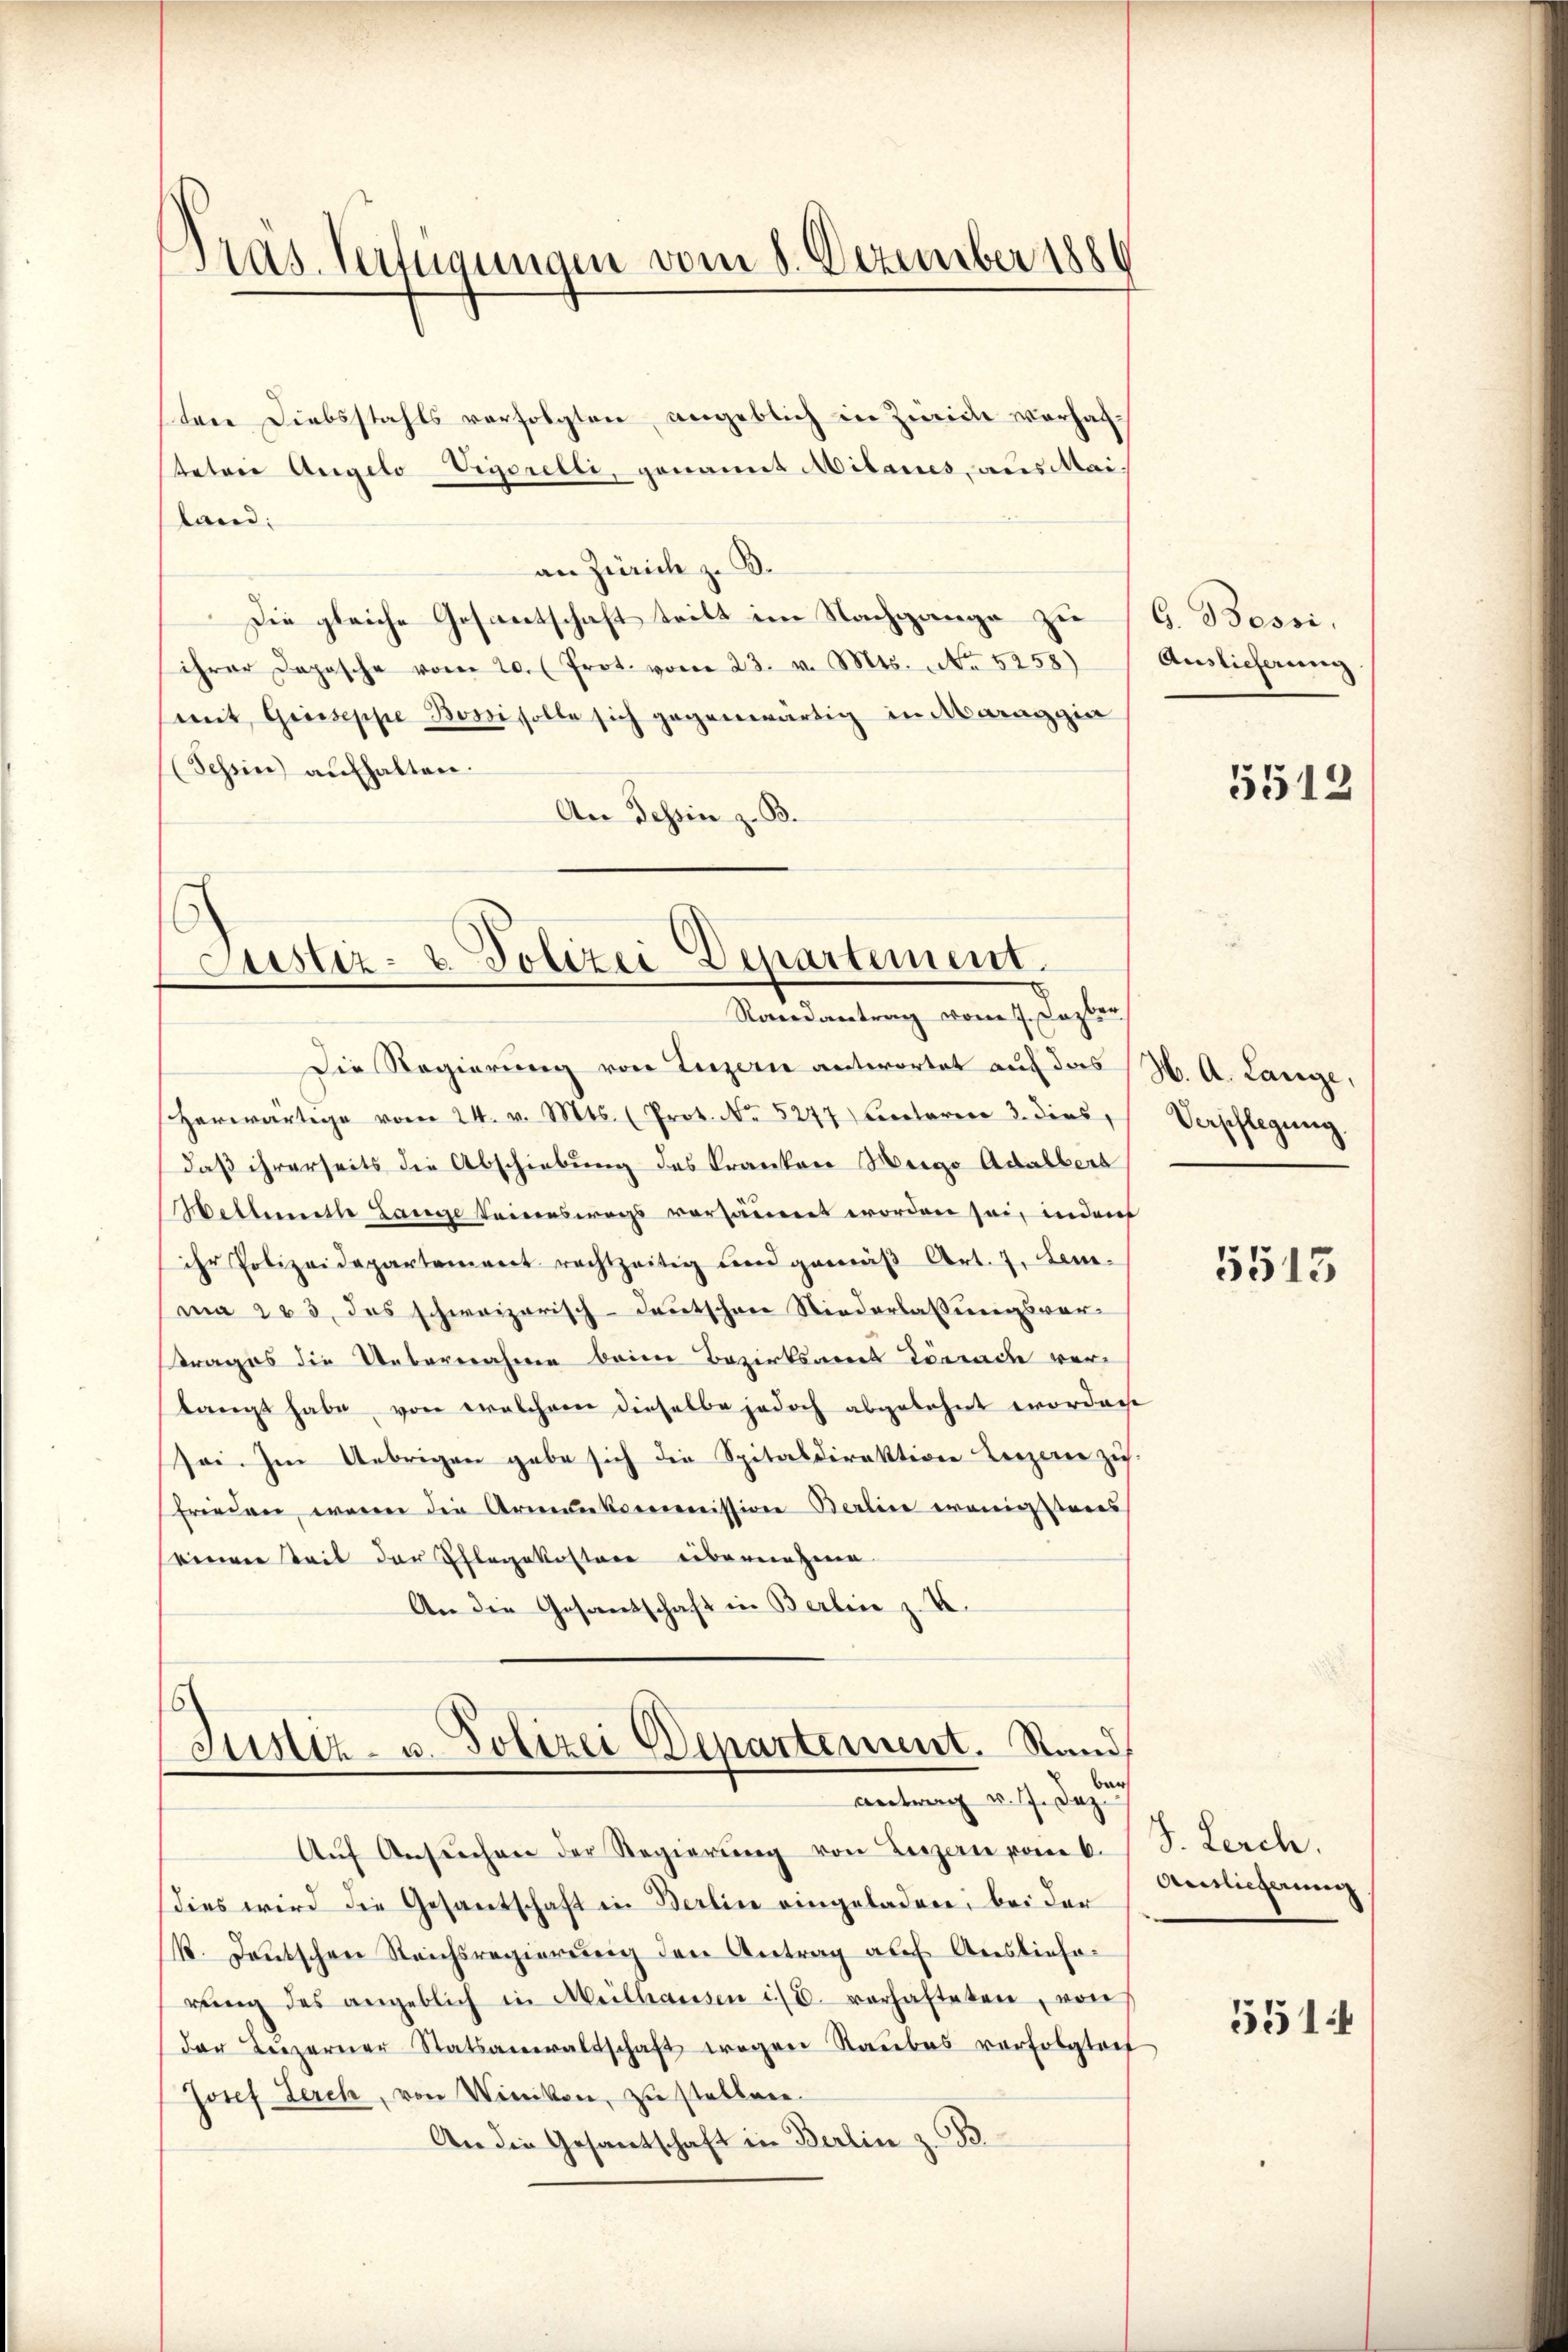
Pras. Verfügungen vom 8. Dezember 1886

ten Diebstahls verfolgten angeblich in Zürich vorhaftetere Angelo Vigorelli, genannt Milaires, aus Mai-
land.
an Zürich zu 3.
Die gleiche Gesantschaft teilt im Nachgange zu
ihrer Dopische vom 20. (Prot. vom 23. v. Mts. No 5258)
mit Greiseppe Bossi solle sich gegenwärtig in Maraggia
Schin) aufhalten.
An Tessin z. B.

Justiz- & Polizei Departement.
Randantrag vom 7. Jezter

Die Regierung von Luzern antwortet auf das H. A. Lange,
herwärtige vom 24. v. Mts. (Prot. No 5247 Centaren 3. dies,
daß ihrerseits die Abschiebung des Kranken Weige Adalbers
Hellemette Lange keineswegs versäumet worden sei, inderf
ihr Polizeidepartement rechtzeitig und gemäβ Art. 7. Lem
ma 283 des schweizerisch-deutschene Niederlassungsvertrages die Uebernahme beim Bezirksamt Lörrade verlangt habe, von welchem dieselbe jedoch abgelehnt worden
sei. Im Uebrigen gabe sich die Spitaldirektion Luzern zu.
frieden, wenn die Armenkommission Berline wenigsteres
seinen Seit der Pflegekostere eibernahme.
An die Gesandschaft in Berlin z. X.

Justiz- u. Polizei Departement. Stand
Bar
Antrag v. 7. Jez.

G. Bossi,
Auslieferung

Aŭf Ansŭchen der Regierŭng von Legen vom 6. / S. Lerch.
dies wird die Gesantschaft in Berlin eingeladen, bei der
k. Deutschen Reichsregierung den Antrag auf Auslieferŭng des angeblich in Meilhausen ist u. verhafteten, von
der Luzerner Statsanwaltschaft wegen Raubes verfolgteit
Josef Lerch, von Winikon, zu stellen.
An die Gesandschaft in Berlin z. B.

5512

Verpflegung.

5513

Aintlicherung

5514